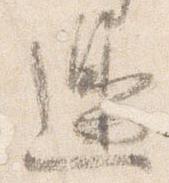
辺